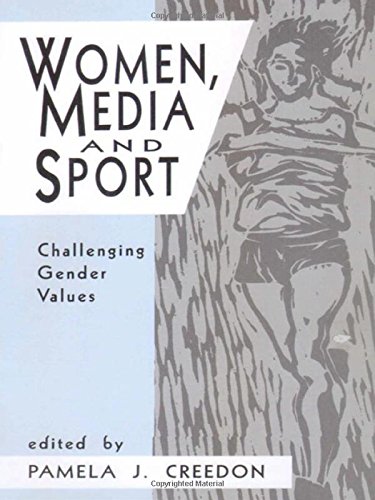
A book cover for Women, Media and Sport: Challenging Gender Values; Sports & Outdoors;